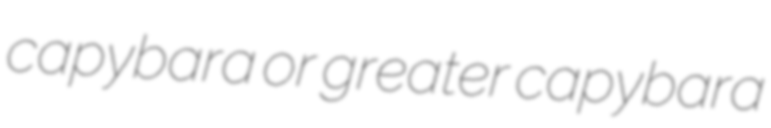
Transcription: capybara or greater capybara